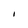
Character: I